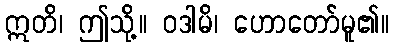
ဣတိ၊ ဤသို့။ ဝဒါမိ၊ ဟောတော်မူ၏။